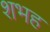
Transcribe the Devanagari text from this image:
शभह